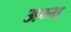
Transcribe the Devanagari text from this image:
अम्भ